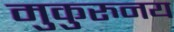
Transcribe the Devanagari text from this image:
मुकुरुनय